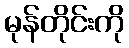
မုန်တိုင်းကို